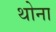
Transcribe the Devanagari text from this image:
थोना